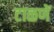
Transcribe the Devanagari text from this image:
टाळणें